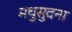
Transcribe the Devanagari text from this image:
मधुसुदना